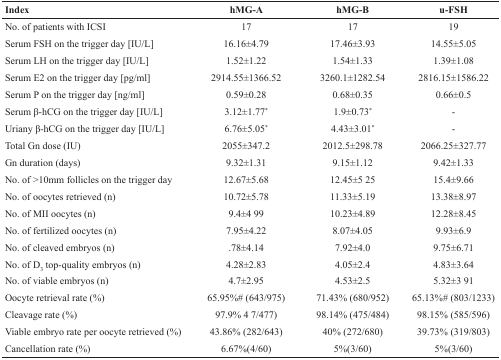
<table><thead><tr><td><b>Index</b></td><td><b>hMG-A</b></td><td><b>hMG-B</b></td><td><b>u-FSH</b></td></tr></thead><tbody><tr><td>No. of patients with ICSI</td><td>17</td><td>17</td><td>19</td></tr><tr><td>Serum FSH on the trigger day [IU/L]</td><td>16.16±4.79</td><td>17.46±3.93</td><td>14.55±5.05</td></tr><tr><td>Serum LH on the trigger day [IU/L]</td><td>1.52±1.22</td><td>1.54±1.33</td><td>1.39±1.08</td></tr><tr><td>Serum E2 on the trigger day [pg/ml]</td><td>2914.55±1366.52</td><td>3260.1±1282.54</td><td>2816.15±1586.22</td></tr><tr><td>Serum P on the trigger day [ng/ml]</td><td>0.59±0.28</td><td>0.68±0.35</td><td>0.66±0.5</td></tr><tr><td>Serum β-hCG on the trigger day [IU/L]</td><td>3.12±1.77<sup>*</sup></td><td>1.9±0.73<sup>*</sup></td><td>-</td></tr><tr><td>Uriany β-hCG on the trigger day [IU/L]</td><td>6.76±5.05<sup>*</sup></td><td>4.43±3.01<sup>*</sup></td><td>-</td></tr><tr><td>Total Gn dose (IU)</td><td>2055±347.2</td><td>2012.5±298.78</td><td>2066.25±327.77</td></tr><tr><td>Gn duration (days)</td><td>9.32±1.31</td><td>9.15±1.12</td><td>9.42±1.33</td></tr><tr><td>No. of &gt;10mm follicles on the trigger day</td><td>12.67±5.68</td><td>12.45±5 25</td><td>15.4±9.66</td></tr><tr><td>No. of oocytes retrieved (n)</td><td>10.72±5.78</td><td>11.33±5.19</td><td>13.38±8.97</td></tr><tr><td>No. of MII oocytes (n)</td><td>9.4±4 99</td><td>10.23±4.89</td><td>12.28±8.45</td></tr><tr><td>No. of fertilized oocytes (n)</td><td>7.95±4.22</td><td>8.07±4.05</td><td>9.93±6.9</td></tr><tr><td>No. of cleaved embryos (n)</td><td>.78±4.14</td><td>7.92±4.0</td><td>9.75±6.71</td></tr><tr><td>No. of D<sub>3</sub> top-quality embryos (n)</td><td>4.28±2.83</td><td>4.05±2.4</td><td>4.83±3.64</td></tr><tr><td>No. of viable embryos (n)</td><td>4.7±2.95</td><td>4.53±2.5</td><td>5.32±3 91</td></tr><tr><td>Oocyte retrieval rate (%)</td><td>65.95%# (643/975)</td><td>71.43% (680/952)</td><td>65.13%# (803/1233)</td></tr><tr><td>Cleavage rate (%)</td><td>97.9% 4 7/477)</td><td>98.14% (475/484)</td><td>98.15% (585/596)</td></tr><tr><td>Viable embryo rate per oocyte retrieved (%)</td><td>43.86% (282/643)</td><td>40% (272/680)</td><td>39.73% (319/803)</td></tr><tr><td>Cancellation rate (%)</td><td>6.67%(4/60)</td><td>5%(3/60)</td><td>5%(3/60)</td></tr></tbody></table>